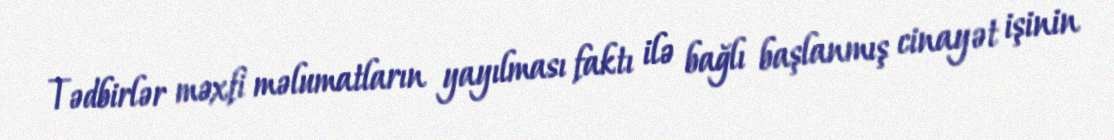
Tədbirlər məxfi məlumatların yayılması faktı ilə bağlı başlanmış cinayət işinin